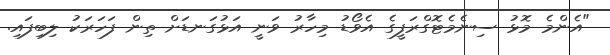
"އެންމެ މޮޅު ސިނެމެޓޮގްރަފީގެ އެވޯޑު މިހާރު ވަނީ އަޅުގަނޑަށް ތިން ފަހަރަކު ލިބިފައި.